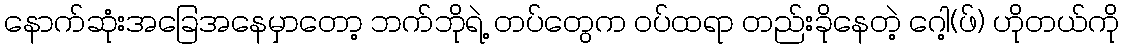
နောက်ဆုံးအခြေအနေမှာတော့ ဘက်ဘိုရဲ့ တပ်တွေက ဝပ်ထရာ တည်းခိုနေတဲ့ ဂေါ့(ဖ်) ဟိုတယ်ကို